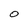
Character: O